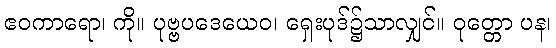
ဧဝကာရော၊ ကို။ ပုဗ္ဗပဒေယေဝ၊ ရှေးပုဒ်၌သာလျှင်။ ဝုတ္တော ပန၊